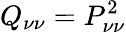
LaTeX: Q_{\nu\nu}=P_{\nu\nu}^{2}